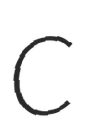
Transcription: C